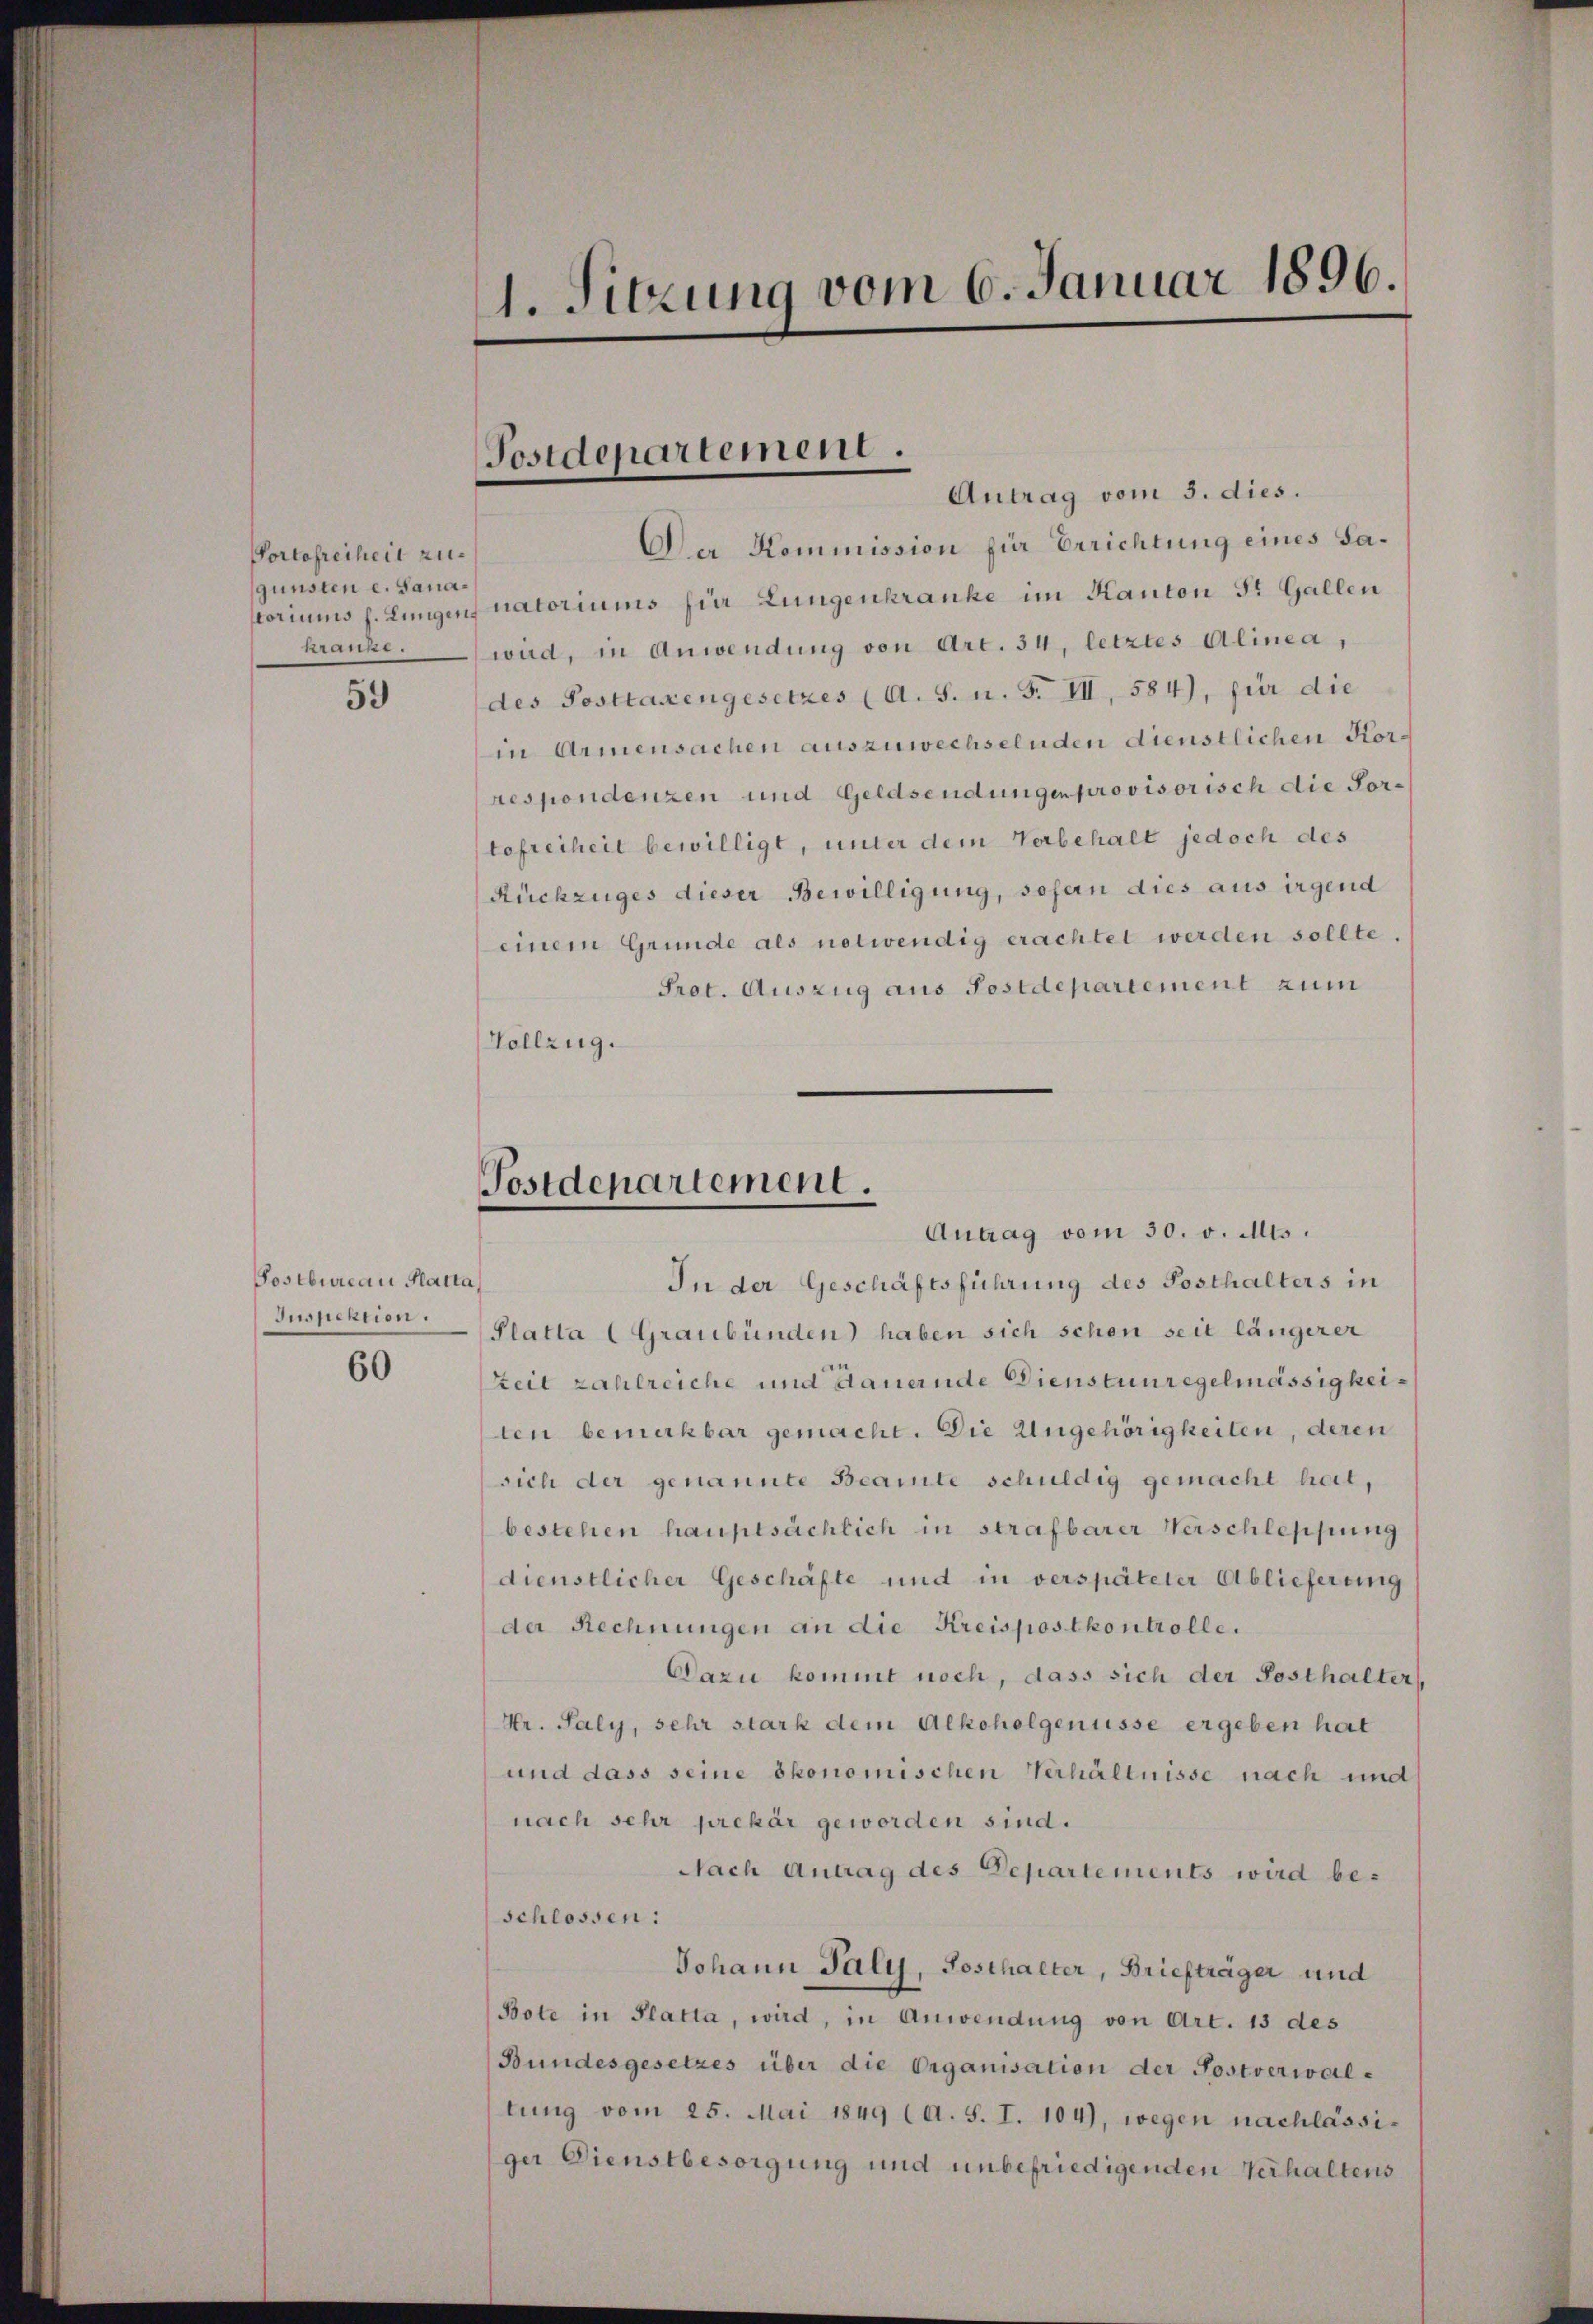
Portofreiheit zugunsten c. Sanakranke.

59

Postbureau Katta
Juspektion.

60

1. Sitzung vom 6. Januar 1896.

Postdepartement.

Antrag vom 3. dies.
Da Kommission für Errichtung eines Sastoriums s. Lungen natoriums für Lungenkranke im Kanton S. Gallen
wird, in Anwendung von Art. 34, letztes Alinea,
des Posttaxengesetzes (A. S. u. F. III, 584), für die
in Armensachen auszuwechselnden dienstlichen Korrespondenzen und Geldsendungen provisorisch die Portofreiheit bewilligt, unter dem Verbehalt jedoch des
Rüchzuges dieser Bewilligung, sofen dies aus irgend
einem Gründe als notwendig erachtet werden sollte.
Prot. Auszug aus Postdepartement zum
Vollzug.

In der Geschäftsführung des Posthalters in
Platta (Graubünden) haben sich schon seit längerer
Zeit zahlreiche und dauernde Dienstunregelmässigkeiten bemerkbar gemacht. Die Angehörigkeiten, deren
sich der genannte Beamte schuldig gemacht hat,
bestehen hauptsächlich in strafbarer Verschleppung
dienstlicher Geschäfte und in verspäteter Ablieferung
der Rechnungen an die Kreispostkontrolle.
Dazu kommt noch, dass sich der Pesthalter,
Hr. Saly, sehr stark dem Alkoholgenüsse ergeben hat
und dass seine ökonomischen Verhältnisse nach und
nach sehr prekär geworden sind.
Nach Antrag des Departements wird beschlossen:
Johann Paly, Posthalter, Briefträger und
Bote in Platta, wird, in Anwendung von Art. 13 des
Bundesgesetzes über die Organisation der Postverwaltung vom 25. Mai 1849 (A. S. I. 104), wegen nachlässiger Dienstbesorgung und unbefriedigenden Verhaltens

Postdepartement.

Antrag vom 30. v. Mts.